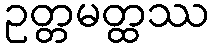
ဥတ္တမတ္ထဿ